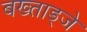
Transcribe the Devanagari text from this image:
बख्ताड्जे